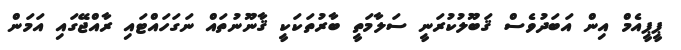
ޕީޕީއެމް އިން އަބަދުވެސް ޤަބޫލުކުރަނީ ސަލާމަތީ ބާރުތަކަކީ ޤާނޫނުތައް ނަގަހައްޓައި ރާއްޖޭގައި އަމަން